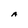
Character: A